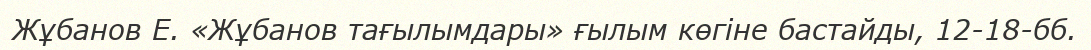
Жұбанов Е. «Жұбанов тағылымдары» ғылым көгіне бастайды, 12-18-бб.